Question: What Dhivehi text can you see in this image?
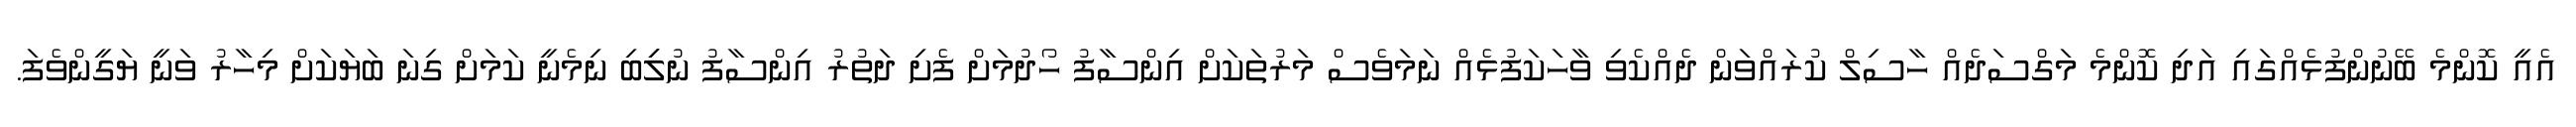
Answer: އެއީ ކޮންމެ ބޭނުންފުޅެއްގައި އަދި ކޮންމެ މަގްސަދެއް ހާސިލް ކުރައްވަން ދެއްކެވި ވާހަކަފުޅެއް ނަމަވެސް މަރުތަކަށް އިންސާފު ހޯދުމަށް ފެށި ދަތުރު އިންސާފު ނުލިިބި ނިމެނީ ކަމަށް ގިނަ ބަޔަކަށް މިހާރު ވަނީ ޔަގީންވެފަ.